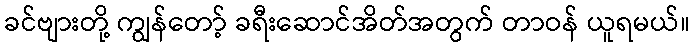
ခင်ဗျားတို့ ကျွန်တော့် ခရီးဆောင်အိတ်အတွက် တာဝန် ယူရမယ်။